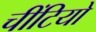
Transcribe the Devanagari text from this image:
चींटियो